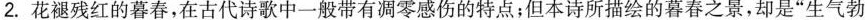
2.花褪残红的暮春，在古代诗歌中一般带有凋零感伤的特点；但本诗所描绘的暮春之景，却是”生气勃